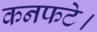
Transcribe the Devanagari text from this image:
कनफटे।